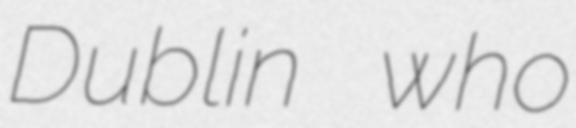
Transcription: Dublin who